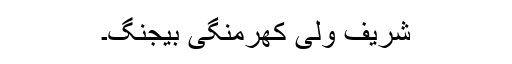
شریف ولی کھرمنگی بیجنگ۔